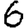
Digit: 6